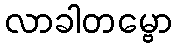
လာခါတမ္ဗော